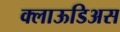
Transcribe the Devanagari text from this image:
क्लाऊडिअस